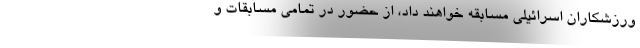
ورزشکاران اسرائیلی مسابقه خواهند داد، از حضور در تمامی مسابقات و